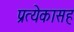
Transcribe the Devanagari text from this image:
प्रत्येकासह